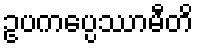
ဥပကပ္ပေဿာမီတိ